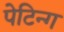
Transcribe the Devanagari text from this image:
पेटिन्ग